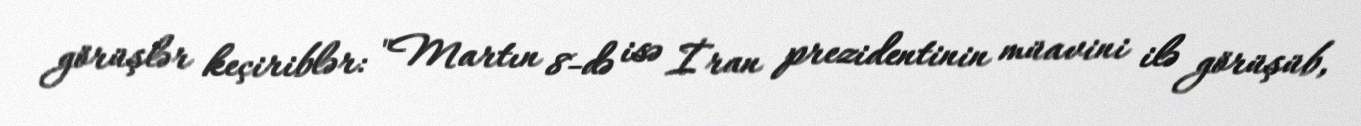
görüşlər keçiriblər: "Martın 8-də isə İran prezidentinin müavini ilə görüşüb,